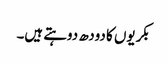
بکریوں کا دودھ دوہتے ہیں۔